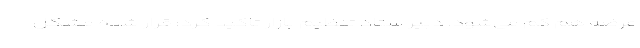
عرضه هم کم می‌شود. دبیر ستاد تنظیم بازار تاکید کرد: قرار شده مشکل